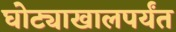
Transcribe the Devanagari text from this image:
घोट्याखालपर्यंत